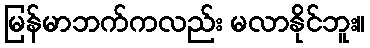
မြန်မာဘက်ကလည်း မလာနိုင်ဘူး။